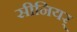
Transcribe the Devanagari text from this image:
सीनियर्